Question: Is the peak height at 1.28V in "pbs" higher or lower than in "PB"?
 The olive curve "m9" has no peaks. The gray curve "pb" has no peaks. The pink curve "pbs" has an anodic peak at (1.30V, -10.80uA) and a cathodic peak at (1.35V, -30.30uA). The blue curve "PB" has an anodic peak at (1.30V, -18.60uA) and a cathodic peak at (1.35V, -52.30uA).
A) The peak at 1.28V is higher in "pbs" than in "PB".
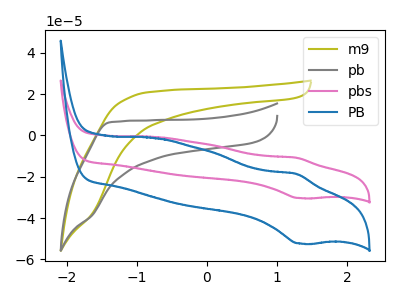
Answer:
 <answer>A) The peak at 1.28V is higher in "pbs" than in "PB".</answer>
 <eval>A</eval>